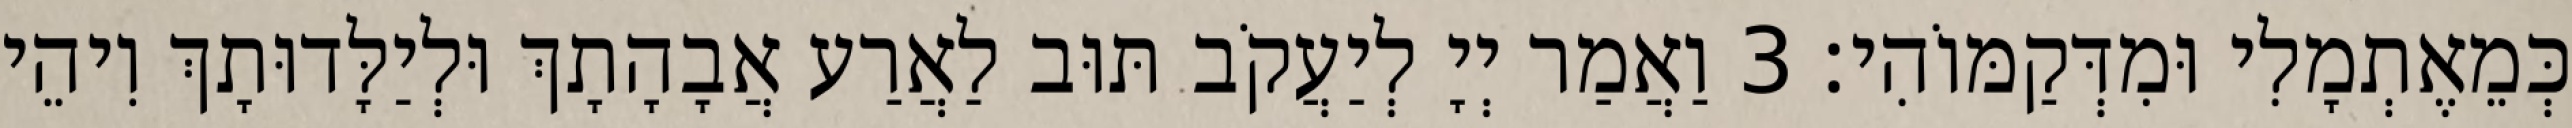
כְּמֵאֶתְמָלִי וּמִדְּקַמּוֹהִי׃ 3 וַאֲמַר יְיָ לְיַעֲקֹב תּוּב לַאֲרַע אֲבָהָתָךְ וּלְיַלָּדוּתָךְ וִיהֵי